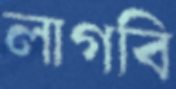
লাগবি